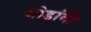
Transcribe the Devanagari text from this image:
गोडांबी